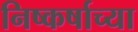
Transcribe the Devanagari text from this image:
निष्कर्षाच्या